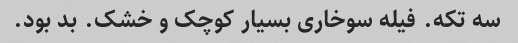
سه تکه. فیله سوخاری بسیار کوچک و خشک. بد بود.